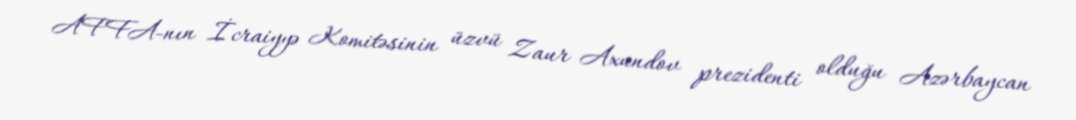
AFFA-nın İcraiyyə Komitəsinin üzvü Zaur Axundov prezidenti olduğu Azərbaycan